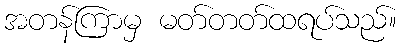
အတန်ကြာမှ မတ်တတ်ထရပ်သည်။